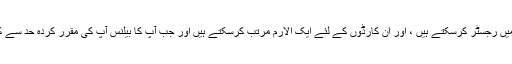
آپ جتنا چاہیں اپنے ازمیرم کارڈ کو سسٹم میں رجسٹر کرسکتے ہیں ، اور ان کارڈوں کے لئے ایک الارم مرتب کرسکتے ہیں اور جب آپ کا بیلنس آپ کی مقرر کردہ حد سے کم ہوجاتا ہے تو مطلع حاصل کرسکتے ہیں۔